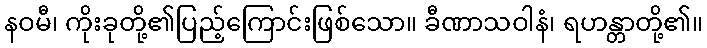
နဝမီ၊ ကိုးခုတို့၏ပြည့်ကြောင်းဖြစ်သော။ ခီဏာသဝါနံ၊ ရဟန္တာတို့၏။